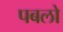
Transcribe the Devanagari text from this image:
पबलो